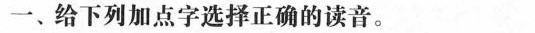
一、给下列加点字选择正确的读音。